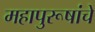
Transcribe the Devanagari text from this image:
महापुरूषांचे